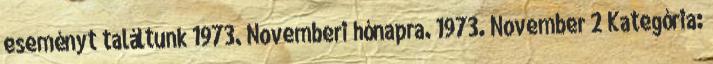
eseményt találtunk 1973. Novemberi hónapra. 1973. November 2 Kategória: